Preparation of a safe and efficient antirabic vaccine - Number 44
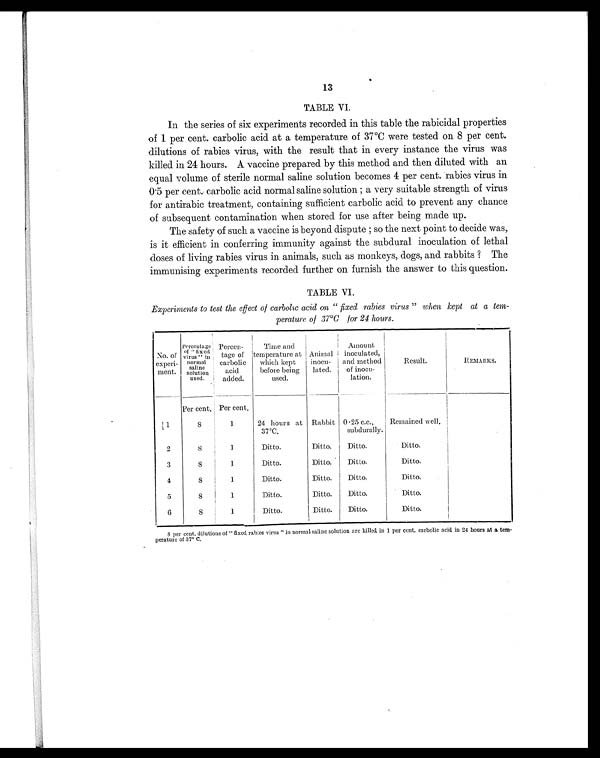
13
TABLE VI.
In the series of six experiments recorded in this table the rabicidal properties
of 1 per cent. carbolic acid at a temperature of 37°C were tested on 8 per cent.
dilutions of rabies virus, with the result that in every instance the virus was
killed in 24 hours. A vaccine prepared by this method and then diluted with an
equal volume of sterile normal saline solution becomes 4 per cent. rabies virus in
0 . 5 per cent. carbolic acid normal saline solution ; a very suitable strength of virus
for antirabic treatment, containing sufficient carbolic acid to prevent any chance
of subsequent contamination when stored for use after being made up.
The safety of such a vaccine is beyond dispute ; so the next point to decide was,
is it efficient in conferring immunity against the subdural inoculation of lethal
doses of living rabies virus in animals, such as monkeys, dogs, and rabbits ? The
immunising experiments recorded further on furnish the answer to this question.
TABLE VI.
Experiments to test the effect of carbolic acid on "fixed rabies virus" when kept at a tem-
perature of 37°C for 24 hours.
No. of
experi-
ment.
Percentage
o f " f i x e d
virus" in
normal saline
solution
used.
Percen-
tage of
carbolic
acid
added.
Time and
temperature at
which kept
before being
used.
Animal
inocu-
lated.
Amount
inoculated,
and method
of inocu-
lation.
Result.
REMARKS.
Per cent. Per cent.
1
8
1
24 hours at
37°C.
Rabbit 0.25 c.c.,
subdurally.
Remained well.
2
8
1
Ditto.
Ditto.
Ditto.
Ditto.
3
8
1
Ditto.
Ditto.
Ditto.
Ditto.
4
8
1
Ditto.
Ditto.
Ditto.
Ditto.
5
8
1
Ditto.
Ditto.
Ditto.
Ditto.
6
8
1
Ditto.
Ditto.
Ditto.
Ditto.
8 per cent. dilutions of "fixed rabies virus" in normal saline solution are killed in 1 per cent. carbolic acid in 24 hours at a tem-
perature of 37° C.